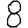
Digit: 8